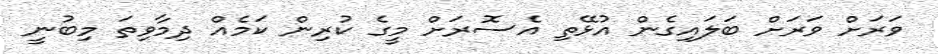
ވަރަށް ވަރަށް ބަލައިގެން އުޅޭތި އެސޮރަށް މީގެ ކުރިން ކަމެއް ދިމާވިތަ މިބުނީ